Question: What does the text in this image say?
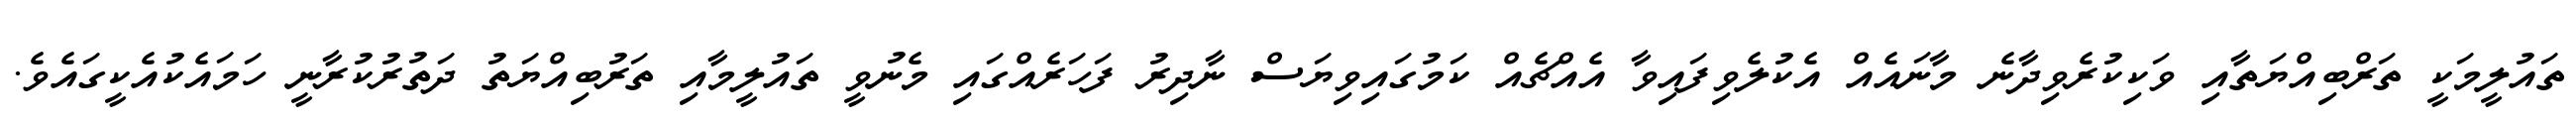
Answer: ތައުލީމަކީ ތަރްބިއްޔަތާއި ވަކިކުރެވިދާނެ މާނައެއް އެކުލެވިފައިވާ އެއްޗެއް ކަމުގައިވިޔަސް ނާދިރު ފަހަރެއްގައި މެނުވީ ތައުލީމާއި ތަރުބިއްޔަތު ދަތުރުކުރާނީ ހަމައެކުއެކީގައެވެ.